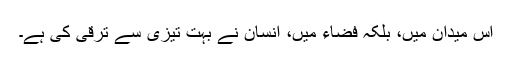
اس میدان میں، بلکہ فضاء میں، انسان نے بہت تیزی سے ترقی کی ہے۔